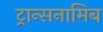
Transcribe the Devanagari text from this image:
ट्रान्सनामिब